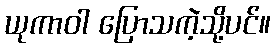
ယုကာဝါ ပြောသကဲ့သို့ပင်။